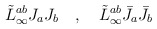
\begin{align*}\tilde{L}^{ab}_\infty J_a J_b\quad, \quad \tilde{L}^{ab}_\infty \bar{J}_a \bar{J}_b\end{align*}